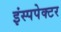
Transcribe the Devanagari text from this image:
इंस्पपेक्टर